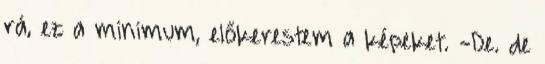
rá, ez a minimum, előkerestem a képeket. -De. de